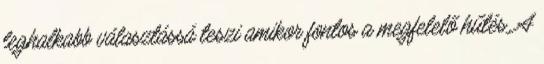
leghalkabb választássá teszi amikor fontos a megfelelő hűtés. A